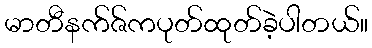
မာတီနက်ဇ်ကပုတ်ထုတ်ခဲ့ပါတယ်။